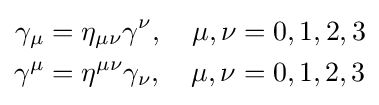
{\begin{aligned}\gamma _{\mu }&=\eta _{\mu \nu }\gamma ^{\nu },\quad \mu ,\nu =0,1,2,3\\\gamma ^{\mu }&=\eta ^{\mu \nu }\gamma _{\nu },\quad \mu ,\nu =0,1,2,3\end{aligned}}